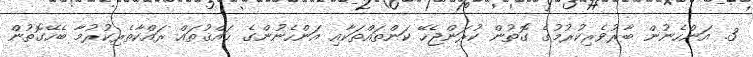
3. އަންހެނުން ބާރުވެރިކުރުމުގެ ގޮތުން ކުރަންޖެހޭ ކަންތައްތަކާއި އަންހެނުންގެ ޙައްޤުތައް ރައްކާތެރިކުރުމާ ބެހޭގޮތުން